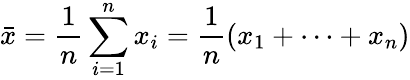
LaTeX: {\bar{x}}={\frac{1}{n}}\sum_{i=1}^{n}x_{i}={\frac{1}{n}}(x_{1}+\cdots+x_{n})